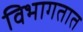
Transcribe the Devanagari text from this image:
विभागतात